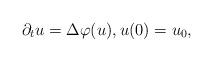
LaTeX: \begin{align*}\partial_t u=\Delta \varphi(u), u(0)=u_0, \end{align*}